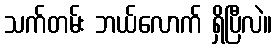
သက်တမ်း ဘယ်လောက် ရှိပြီလဲ။